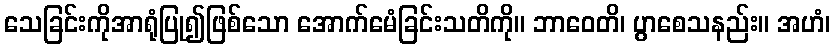
သေခြင်းကိုအာရုံပြု၍ဖြစ်သော အောက်မေံခြင်းသတိကို။ ဘာဝေတိ၊ ပွာစေသနည်း။ အဟံ၊